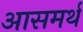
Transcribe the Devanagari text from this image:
आसमर्थ